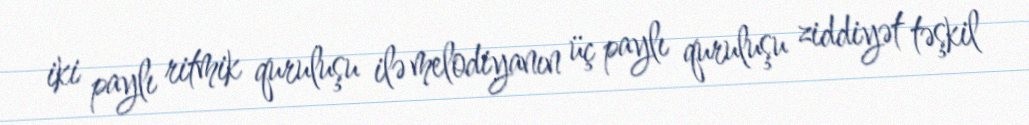
iki paylı ritmik quruluşu ilə melodiyanın üç paylı quruluşu ziddiyət təşkil